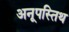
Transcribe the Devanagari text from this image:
अनूपस्तिथ